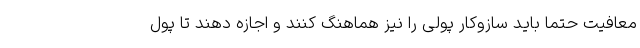
معافیت حتما باید سازوکار پولی را نیز هماهنگ کنند و اجازه دهند تا پول